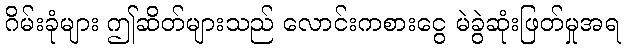
ဂိမ်းခုံများ ဤဆိတ်များသည် လောင်းကစားငွေ မဲခွဲဆုံးဖြတ်မှုအရ